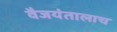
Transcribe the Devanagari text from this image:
वैजयंतालाच